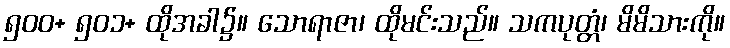
၅၀၀+ ၅၀၁+ ထိုအခါ၌။ သောရာဇာ၊ ထိုမင်းသည်။ သကပုတ္တံ၊ မိမိသားကို။